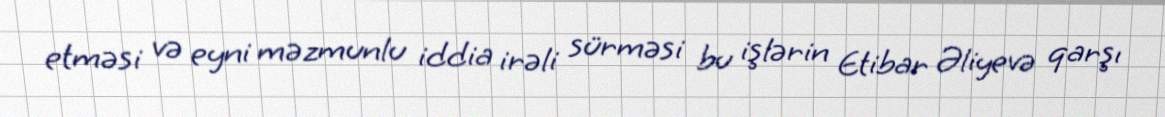
etməsi və eyni məzmunlu iddia irəli sürməsi bu işlərin Etibar Əliyevə qarşı